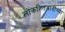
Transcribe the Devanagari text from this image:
लोकहितवादींच्या